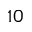
1 0